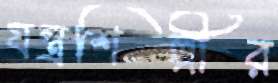
যন্ত্রশিল্পীর